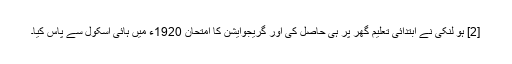
[2] ہو لنکی نے ابتدائی تعلیم گھر پر ہی حاصل کی اور گریجوایشن کا امتحان 1920ء میں ہائی اسکول سے پاس کیا۔